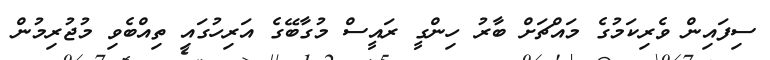
ސިފައިން ވެރިކަމުގެ މައްޗަށް ބާރު ހިންގީ ރައީސް މުގާބޭގެ އަރިހުގައި ތިއްބެވި މުޖުރިމުން